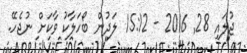
ޖުލައި 28